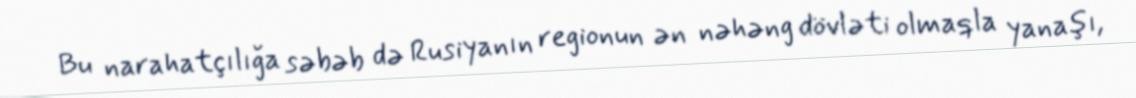
Bu narahatçılığa səbəb də Rusiyanın regionun ən nəhəng dövləti olmaqla yanaşı,